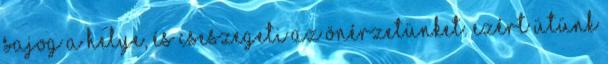
sajog a helye, és cseszegeti az önérzetünket. Ezért ütünk